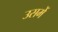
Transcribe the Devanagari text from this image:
उसमेें